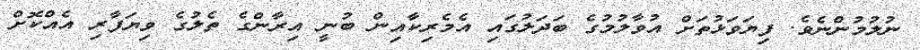
ނުލުމުންނެވެ. ފިޔަވަޅުތަށް އުވާލުމުގެ ބަދަލުގައި އެމެރިކާއިން ބުނީ އިރާންގެ ތެލުގެ ވިޔަފާރި އެއްކޮށް